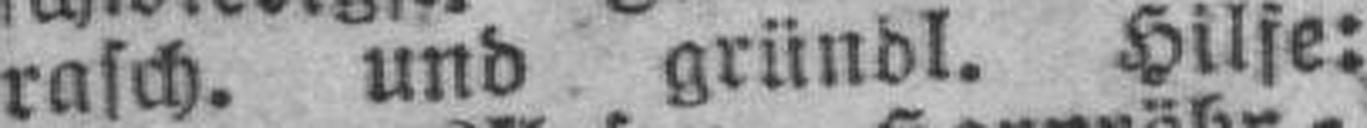
rasch. und gründl. Hilfe: